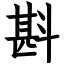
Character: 斟